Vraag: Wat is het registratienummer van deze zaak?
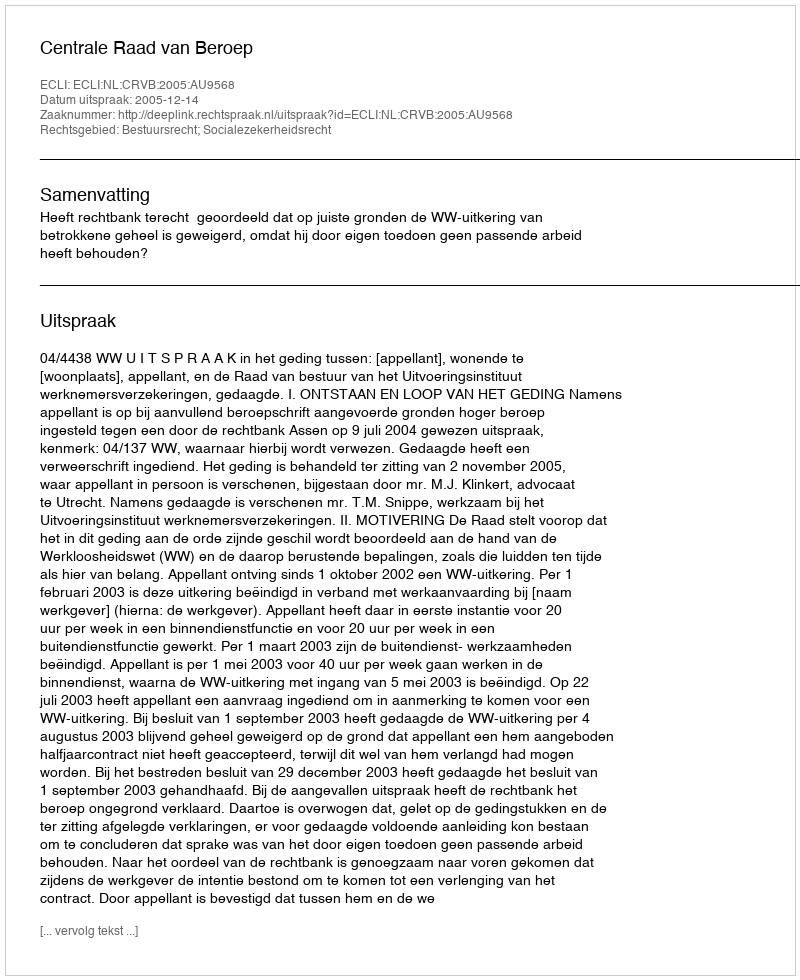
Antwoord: http://deeplink.rechtspraak.nl/uitspraak?id=ECLI:NL:CRVB:2005:AU9568